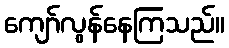
ကျော်လွန်နေကြသည်။